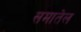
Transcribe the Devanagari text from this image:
समातेल